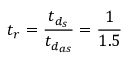
t _ { r } = \frac { t _ { { d } _ { s } } } { t _ { { d } _ { a s } } } = \frac { 1 } { 1 . 5 }